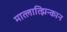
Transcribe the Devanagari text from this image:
मात्लात्झिन्कान